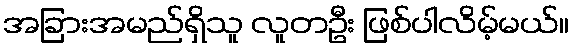
အခြားအမည်ရှိသူ လူတဦး ဖြစ်ပါလိမ့်မယ်။